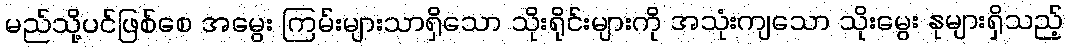
မည်သို့ပင်ဖြစ်စေ အမွေး ကြမ်းများသာရှိသော သိုးရိုင်းများကို အသုံးကျသော သိုးမွေး နုများရှိသည့်